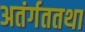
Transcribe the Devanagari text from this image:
अतंर्गततथा